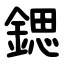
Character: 鍶